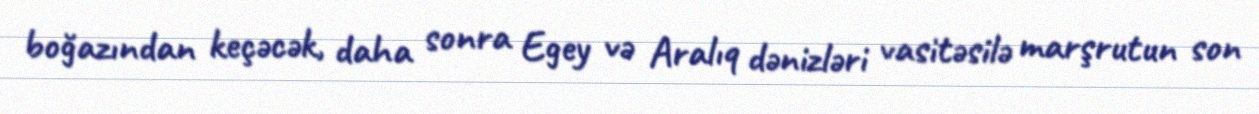
boğazından keçəcək, daha sonra Egey və Aralıq dənizləri vasitəsilə marşrutun son